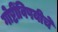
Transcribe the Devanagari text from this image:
गोष्टींविषयीचे